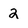
Character: 2